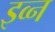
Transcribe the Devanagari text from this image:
इव्न